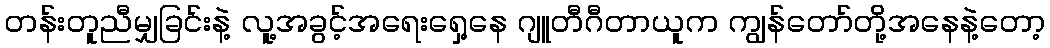
တန်းတူညီမျှခြင်းနဲ့ လူ့အခွင့်အရေးရှေ့နေ ဂျူတီဂီတာယူက ကျွန်တော်တို့အနေနဲ့တော့